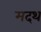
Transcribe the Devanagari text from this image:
मदथ